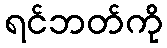
ရင်ဘတ်ကို